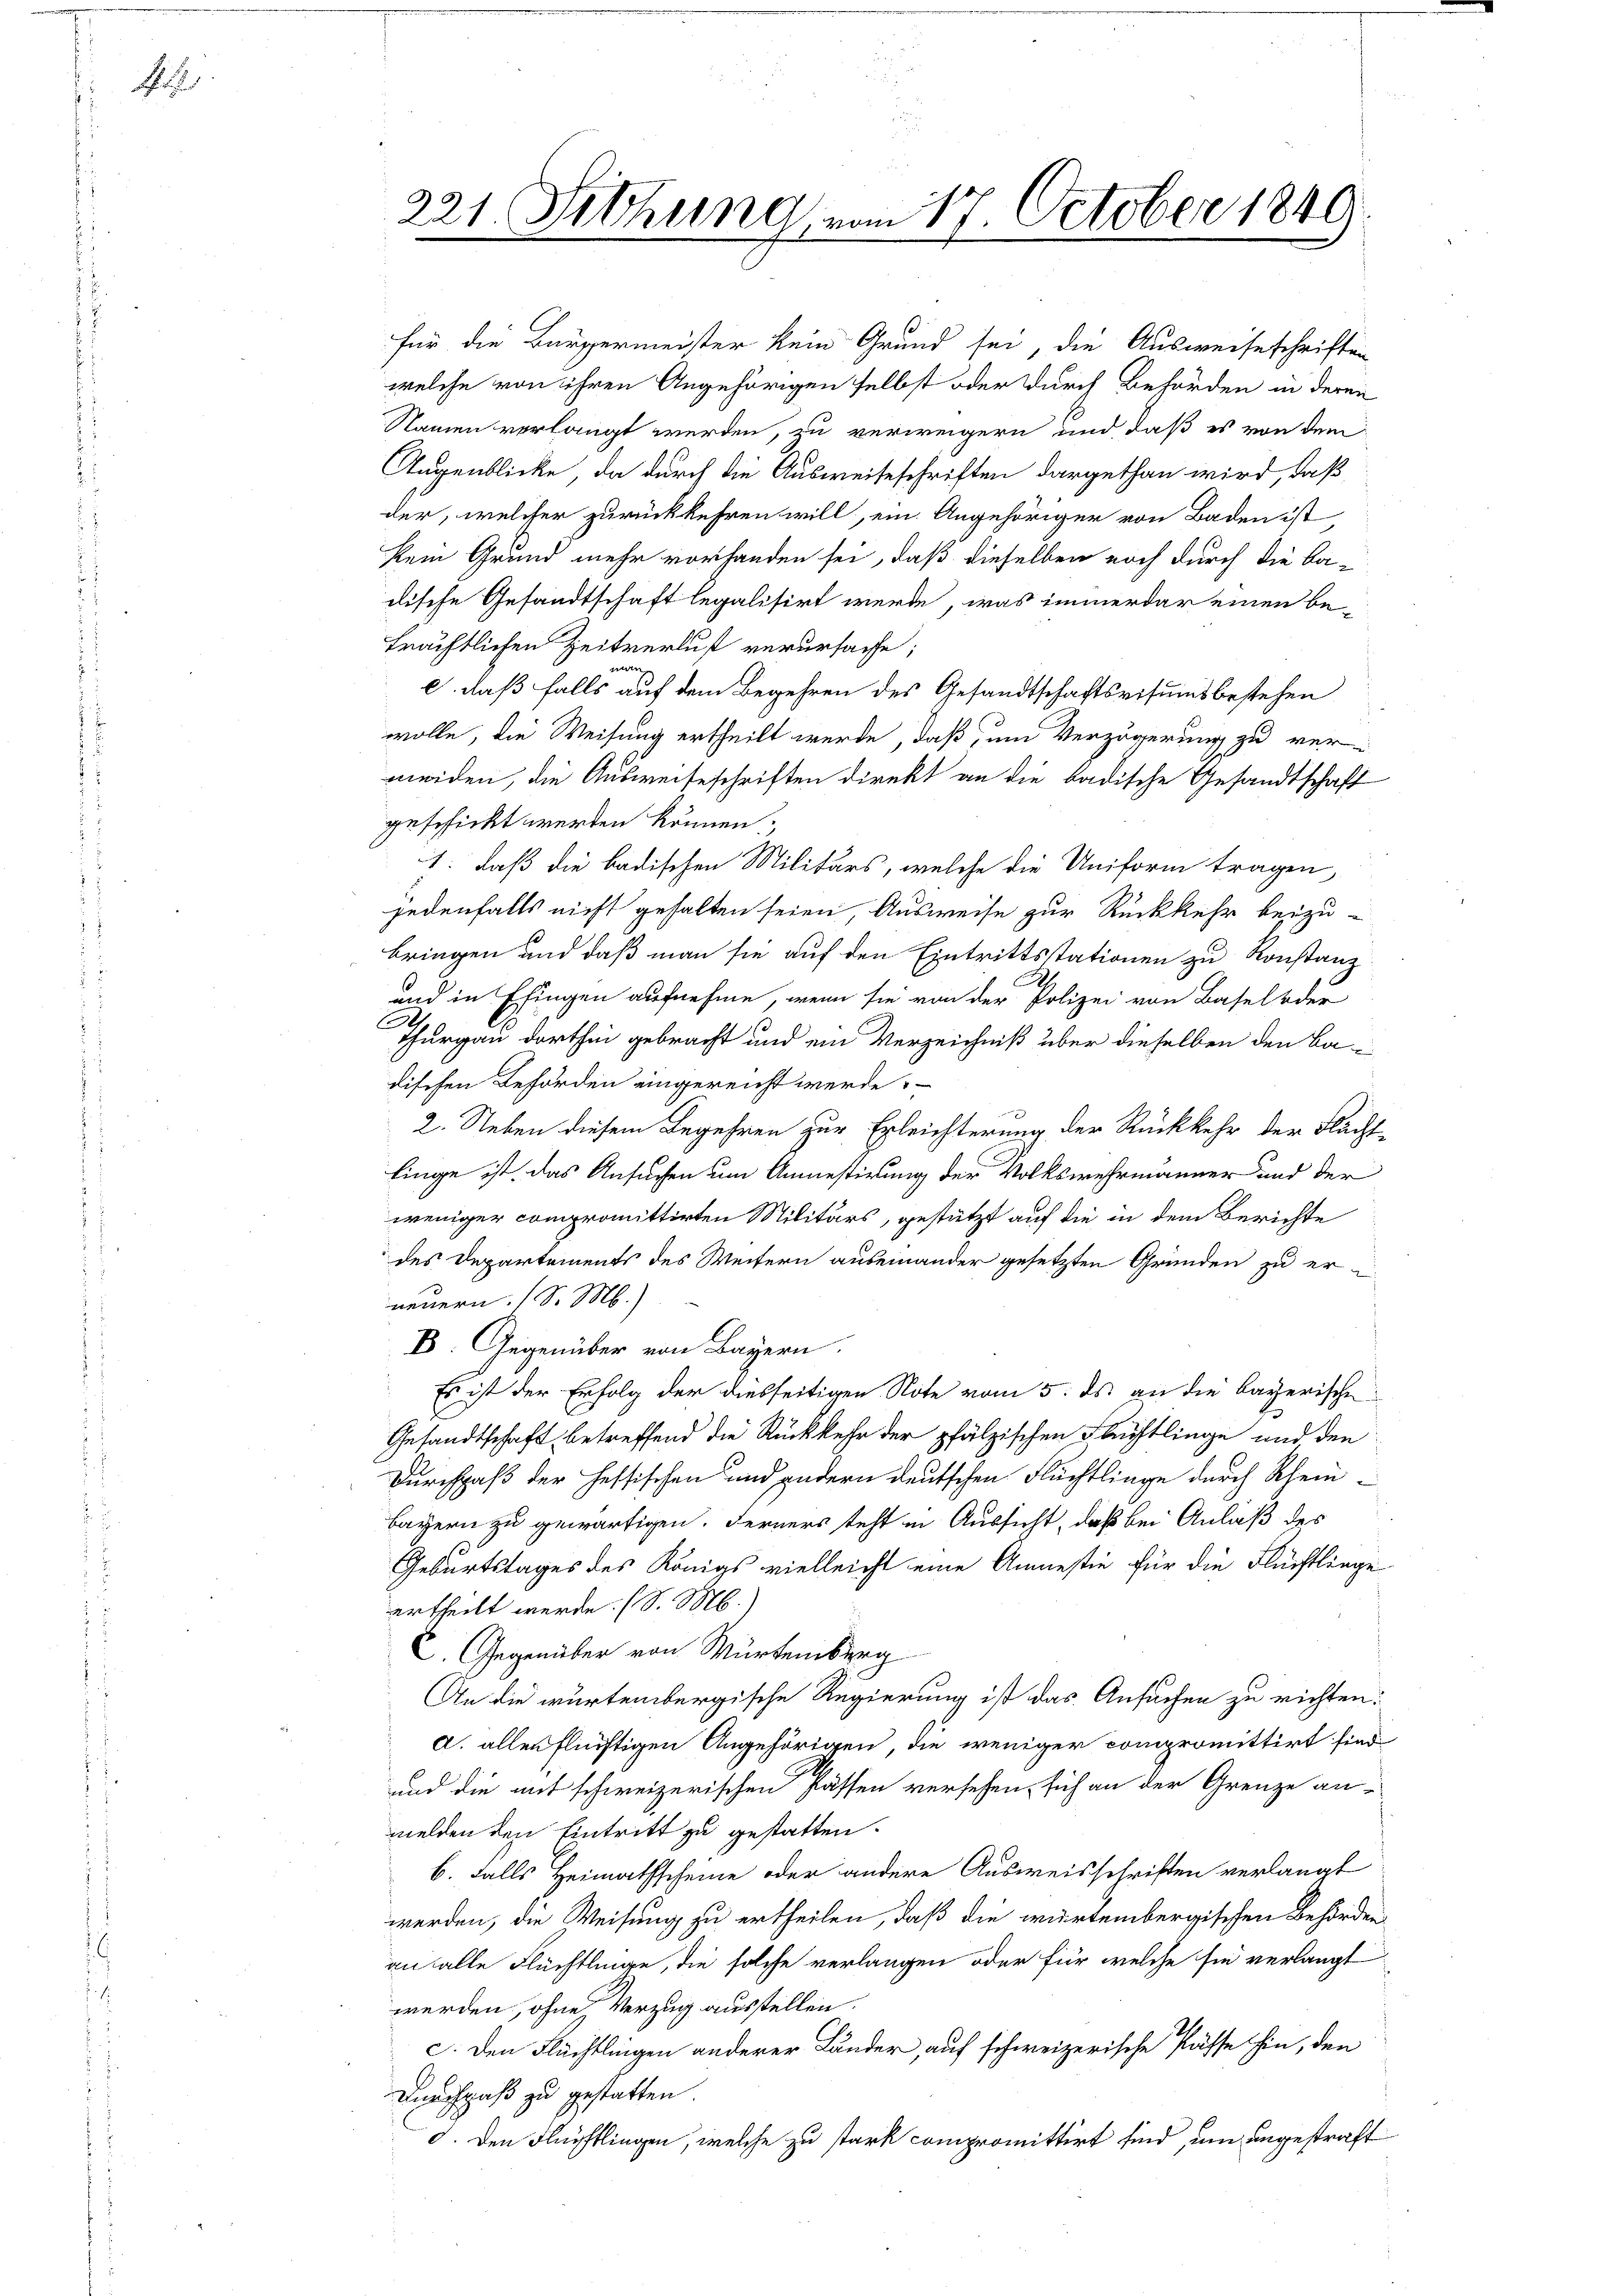
A

221. Sitzung, vom 17. October 1849.

kein Grund mehr vorhanden sei, daß dieselben noch durch die Ba-
dische Gesandtschaft legalisirt werde, was immerdar einen beträchtlichen Zeitverlust verursache;
Tritten.
c. daß falls auf dem Begehren des Gesandtschaftsvisumsbestehen
wolle, die Weisung ertheilt werde, daß, um Verzögerung zu ver-
meiden, die Ausweiseschriften direkt an die badische Gesandtschaft
geschickt werden können.
1: daß die badischen Militärs, welche die Uniform tragen,
jedenfalls nicht gehalten seien, Ausweise zur Rückkehr beizu-
bringen und daß man sie auf den Eintrittstationen zu Konstanz
und in Eingen aufnehme, wenn sie von der Polizei von Basel oder
C
Thurgau dorthen gebracht und ein Verzeichniß über dieselben den Badischen Beförden eingereicht werde.
2. Neben diesem Begehren zur Erleichterung der Rückkehr der Flächt-
linge ist, das Ansuchen um Anmestirung der Volkswehrmänner und der
weniger compromittirten Militärs, gestützt auf die in dem Berichte
des Departements des Weitern auseinander gesetzten Gründen zu erneuern. (S. M.)
B. Gegenüber von Bayern.
Es ist der Erfolg der diesseitigen Note vom 5. ds an die bayerische
Gesandtschaft betreffend die Rückkehr der pfälzischen Flüchtlinge und den
Durchpaß der Hessischen und andern deutschen Flüchtlinge durch Rhein-
Bayern zu gewärtigen. Ferners steht in Aussicht, daß bei Anlaß des
Geburtstages des Königs vielleicht eine Amnestie für die Flüchtlinge
ertheilt werde. (S. M.
C. Gegenüber von Würtemberg
An die würtembergische Regierung ist das Ansuchen zu richten.
d. allen flüchtigen Angehörigen, die weniger compromittirt sind
und die mit schweizerischen Passen versehen, sich an der Grenze an
melden den Eintritt zu gestatten.
b. Falls Heimathscheine oder andere Ausweisschriften verlangt
werden, die Weisung zu ertheilen, daß die würtembergischen Behörden
an alle Flüchtlinge, die solche verlangen oder für welche sie verlangt
werden, ohne Verzug ausstellen.
c. Den Flüchtlingen anderer Länder, auf schweizerische Pässe hin, den
Durchpaß zu gestatten.
d. Den Flüchtlingen, welche zu stark compromittirt sind, um angestraft

für die Bürgermeister kein Grund sei die Ausweiseschriften
welche von ihren Angehörigen selbst oder durch Behörden in deren
Namen verlangt werden, zu verweigern und daß es von dem
Augenblicke, da durch die Ausweiseschriften dargethan wird, daß
der, welcher zurückkehren will, ein Angehöriger von Baden ist,